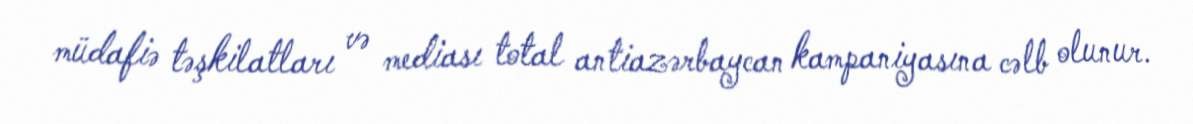
müdafiə təşkilatları və mediası total antiazərbaycan kampaniyasına cəlb olunur.